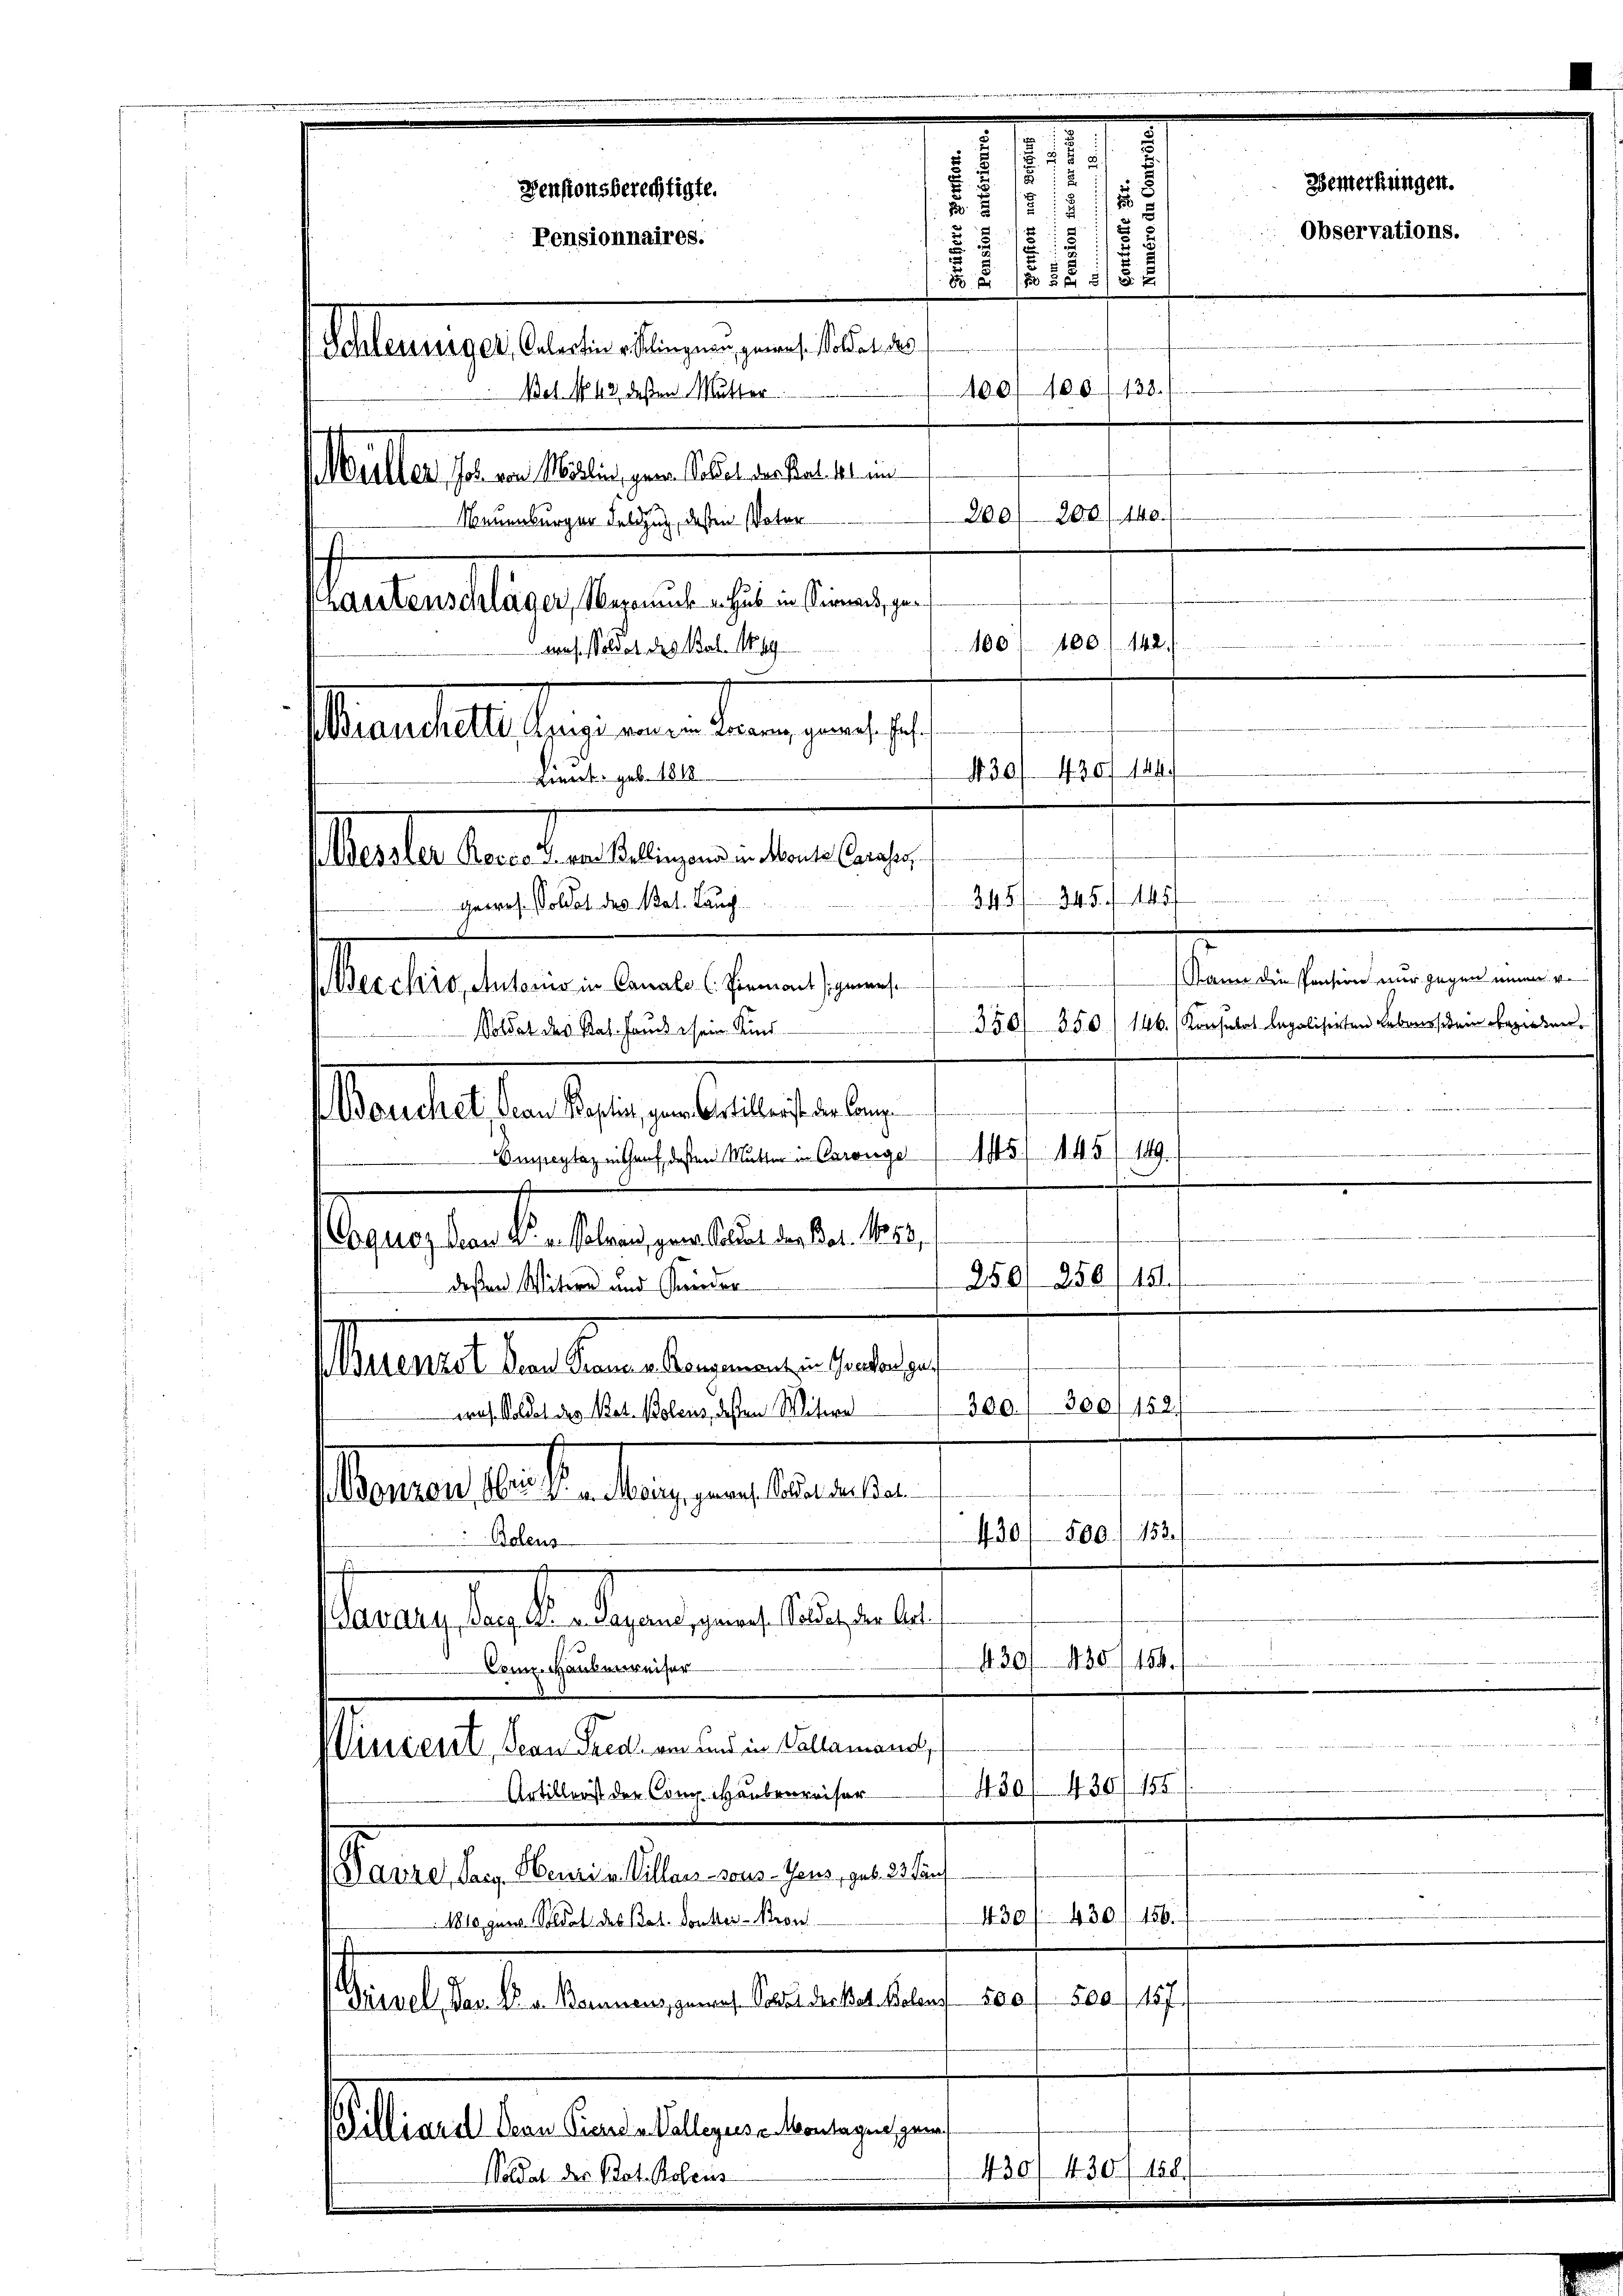
Prantenschläger, Veronik u. Hus in Sinnen, ge¬
Mos. Wildet des Bat. No. 49
Muaestalt sage an den an
Lit. geb. 181
slasten den den wegen neben berei
gewros. Soldet des Mal. Lang
ecchio, Autoris in Canals C. Piemont gewese
Woldet des Rat. Hause sein Kind
Bouchet Jean Baptis, gen. Artillerist der Comp

Aleuniges deute diesen und eben.
Bet No 43 dessen Mutter
eallasten den in des aber ein
Neuenburger Feldzug, dessen Vater
Eueylagen auf deßen Mutter in Carnge5/145/149.
slasten dieser erlesen an de
250/258/151.
deßen Witwe und Krieder
Mariat der Bern der angeleitere
300/182
300.
das Soldet des Not. Polens, dessen Weitere
i
t
Bonzon Fr. 2 u. May, geres. Soldat der Bat.
430500.) 153.
Boleus
aere, das die er angen als eine
430/185/154.
Conn- Hauserreiser
Wincent, Jean Predi von und in Vallemand,
430, 430/ 188
Artillerist der Comp. Haubereiser
Paire, Sein Herren Villars sons-Geus, geb. 23. auf
430 f 156.
430
1810, garn. Soldat des Bat. Donker - Bron
500. 157.
dant selbe Vergangen erstateurs der
Billiard San Finande Volleuse Montagen, gan
430/ 430. 158.
Soldat der Prot. Polens

Densionsberechtigte.
Pensionnaires.

.
8155
2
u
§ 17.
21
2
21./12. 1
100/100/133.
200 f 200/ 140.
—
dn der den deren und werde er in den
100/142.
100
130/ 430 144.
i
24.5.
345.

1457
Kann die Pension mir gegen einen vo
350/ 350. (146. (Konsulat legalisirten Lebenssiden bezirken,

Bemerkungen.
Observations.